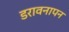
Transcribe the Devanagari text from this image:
डरावनापन